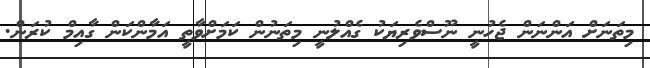
މިތަނަށް އަންނަން ޖެހުނީ ނޫސްވެރިޔަކު ގެއްލުނީ މިތަނުން ކަމަށްވާތީ އަމާންކަން ގާއިމް ކުރަން.